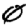
Digit: 0